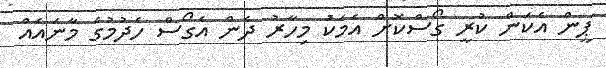
ޕީން އެކަން ކުރީ ގޯސްކޮށް އެމަކަު މިހާރު ދެން އެގޯސް ހެދުމުގެ މާނައެއް